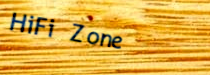
HiFi Zone